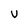
Character: V